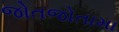
જોતજોતામા